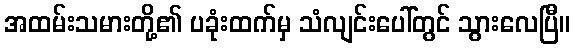
အထမ်းသမားတို့၏ ပခုံးထက်မှ သံလျင်းပေါ်တွင် သွားလေပြီ။